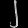
Digit: ၂